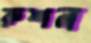
রুশন